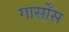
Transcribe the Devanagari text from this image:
गार्सोंस